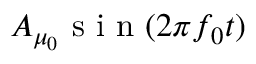
A _ { \mu _ { 0 } } \mathrm { ~ s ~ i ~ n ~ } ( 2 \pi f _ { 0 } t )